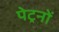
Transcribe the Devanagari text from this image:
पेट्रनों